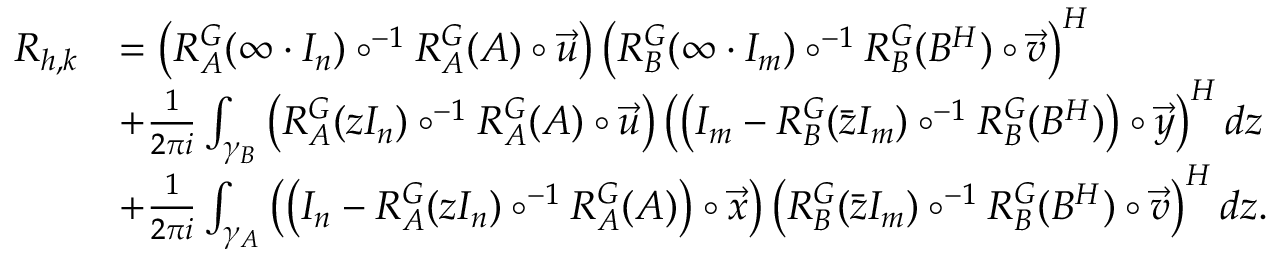
\begin{array} { r l } { R _ { h , k } } & { = \left( R _ { A } ^ { G } ( \infty \cdot I _ { n } ) \circ ^ { - 1 } R _ { A } ^ { G } ( A ) \circ \vec { u } \right) \left( R _ { B } ^ { G } ( \infty \cdot I _ { m } ) \circ ^ { - 1 } R _ { B } ^ { G } ( B ^ { H } ) \circ \vec { v } \right) ^ { H } } \\ & { + \frac { 1 } { 2 \pi i } \int _ { \gamma _ { B } } \left( R _ { A } ^ { G } ( z I _ { n } ) \circ ^ { - 1 } R _ { A } ^ { G } ( A ) \circ \vec { u } \right) \left( \left( I _ { m } - R _ { B } ^ { G } ( \bar { z } I _ { m } ) \circ ^ { - 1 } R _ { B } ^ { G } ( B ^ { H } ) \right) \circ \vec { y } \right) ^ { H } d z } \\ & { + \frac { 1 } { 2 \pi i } \int _ { \gamma _ { A } } \left( \left( I _ { n } - R _ { A } ^ { G } ( z I _ { n } ) \circ ^ { - 1 } R _ { A } ^ { G } ( A ) \right) \circ \vec { x } \right) \left( R _ { B } ^ { G } ( \bar { z } I _ { m } ) \circ ^ { - 1 } R _ { B } ^ { G } ( B ^ { H } ) \circ \vec { v } \right) ^ { H } d z . } \end{array}